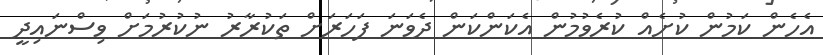
އެހެން ކަމުން ކުށެއް ކުރެވުމުން އެކަންކަން ދެވަނަ ފަހަރަށް ތަކުރާރު ނުކުރުމަށް ވިސްނައިދީ